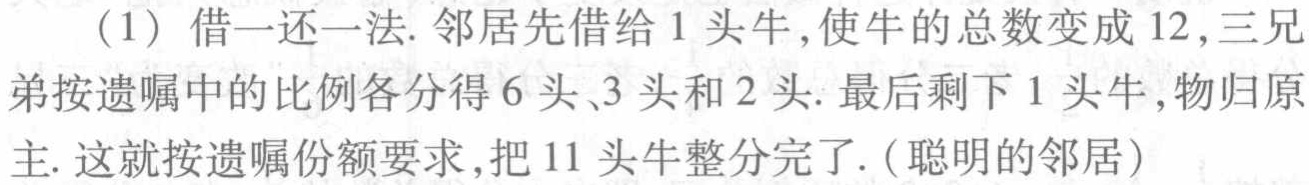
（1）借一还一法. 邻居先借给1头牛,使牛的总数变成12,三兄弟按遗嘱中的比例各分得6头、3头和2头. 最后剩下1头牛,物归原主. 这就按遗嘱份额要求,把11头牛整分完了.（聪明的邻居）